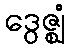
ဒွေဇ္ဈံ